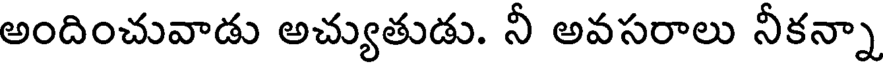
అందించువాడు అచ్యుతుడు. నీ అవసరాలు నీకన్నా